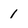
Character: 1